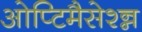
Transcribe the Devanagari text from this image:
ओप्टिमैसेश्न्न